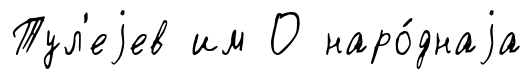
Тул'еjев им О наро́днаjа